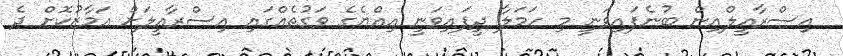
އިސްރާއީލްއިން ބުނެފައިވަނީ މި ހަމަލާ ދީފައިވަނީ އިއްޔެގެ ވަގުތެއްގައި އިސްރާއީލަށް އަމާޒުކޮށް ދެ